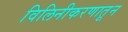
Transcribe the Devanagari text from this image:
विलिनीकरणातून